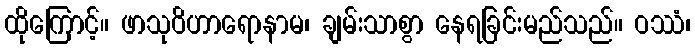
ထိုကြောင့်။ ဖာသုဝိဟာရောနာမ၊ ချမ်းသာစွာ နေရခြင်းမည်သည်။ ဝဿံ၊